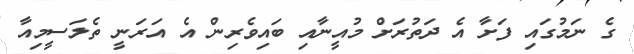
ގެ ނަމުގައި ފަށާ އެ ދަތުރަށް މުއީނާއި ބައިވެރިން އެ އަރަނީ ތެލަސީމިއާ